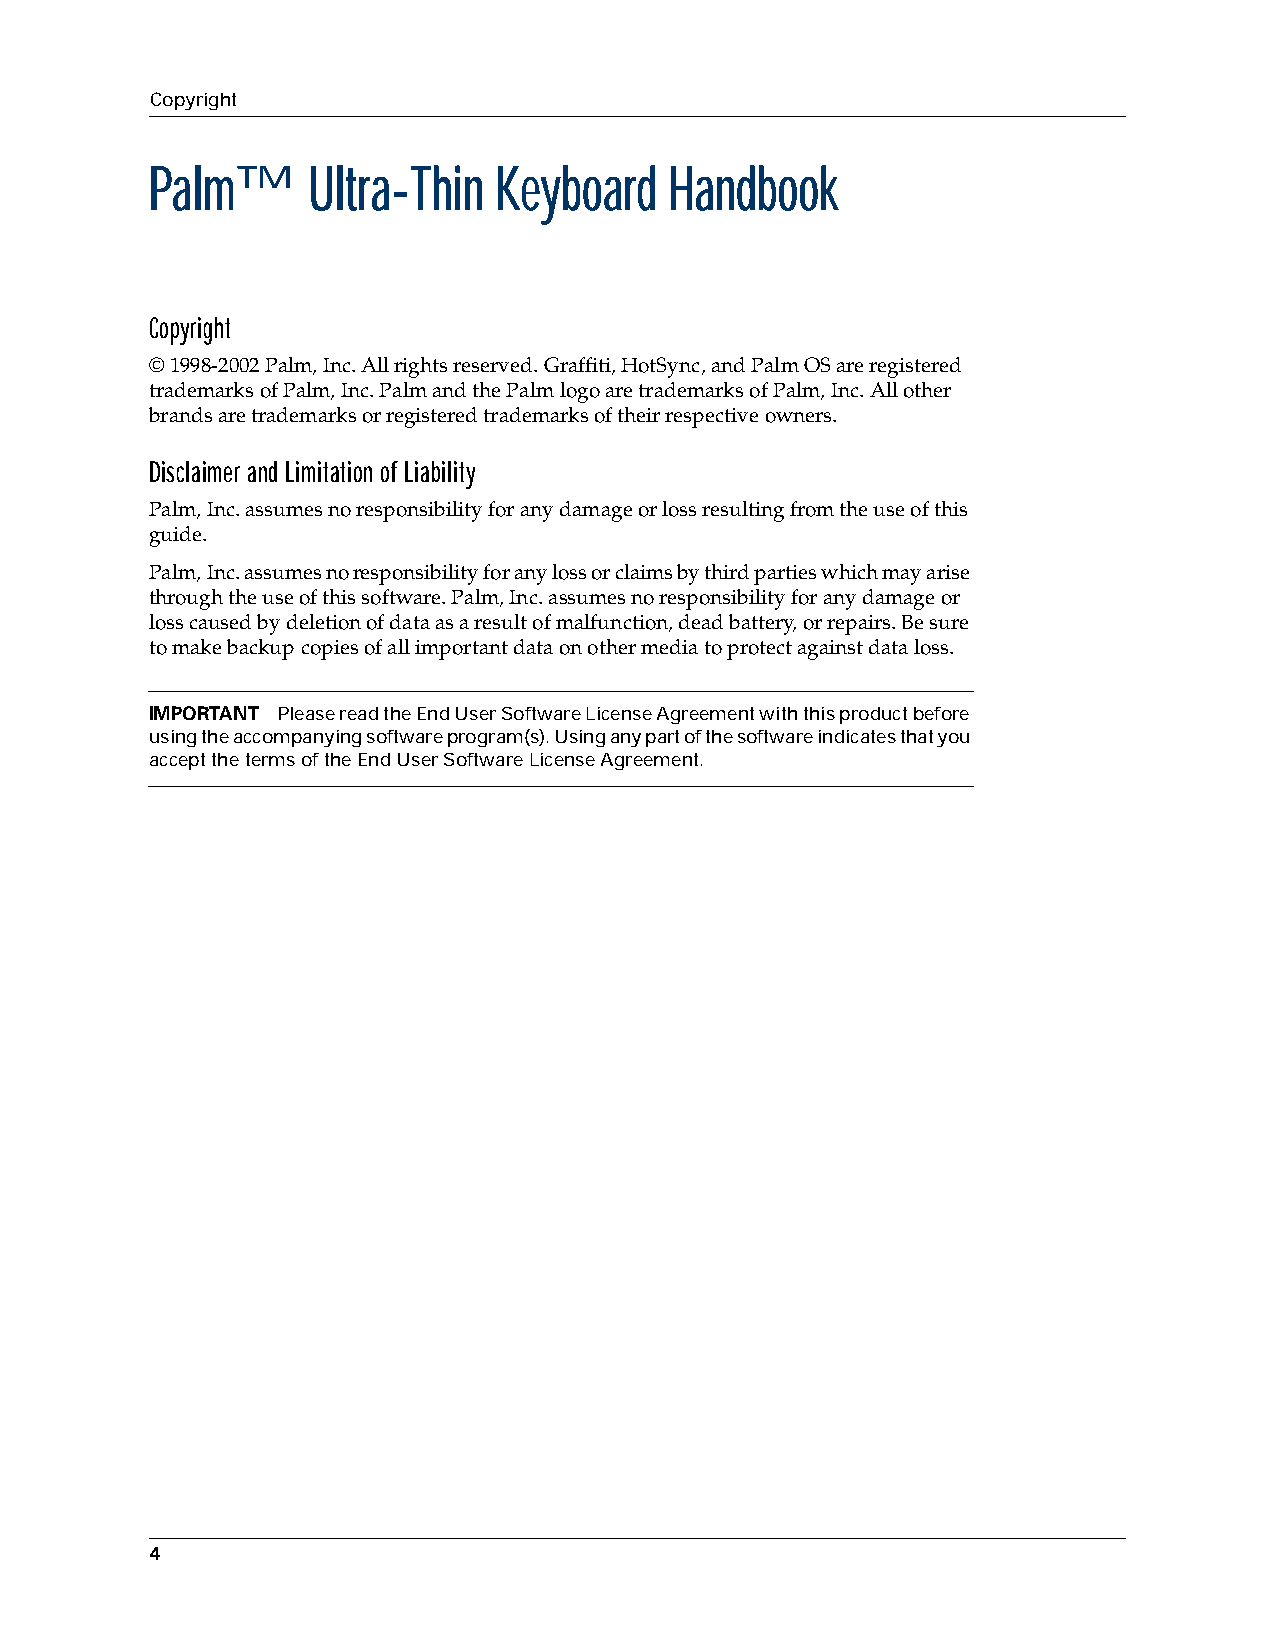
Copyright
 Palm™     Ultra-Thin   Keyboard   Handbook
 Copyright
 © 1998-2002 Palm,Inc. All rights reserved. Graffiti, HotSync, and Palm OS are registered
 trademarks of Palm,Inc. Palm and the Palm logo are trademarks of Palm,Inc. All other
 brands are trademarks or registered trademarks of their respective owners.
 Disclaimer and Limitation of Liability
 Palm,Inc. assumes no responsibility for any damage or loss resulting from the use of this
 guide.
 Palm,Inc. assumes no responsibility for any loss or claims by third parties which may arise
 through the use of this software. Palm,Inc. assumes no responsibility for any damage or
 loss caused by deletion of data as a result of malfunction, dead battery, or repairs. Be sure
 to make backup copies of all important data on other media to protect against data loss.
 IMPORTANT Please read the End User Software License Agreement with this product before
 using the accompanying software program(s). Using any part of the software indicates that you
 accept the terms of the End User Software License Agreement.
 4